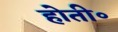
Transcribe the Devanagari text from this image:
होती॰